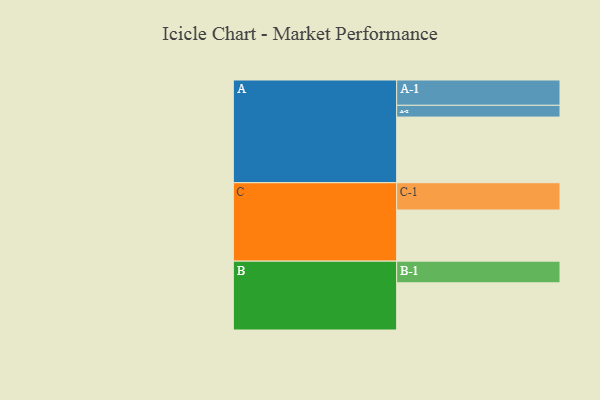
{"axis": {"x": "Segment", "y": "Value"}, "legend": ["", "A", "B", "C"], "data": [{"x": "A", "y": 597, "type": ""}, {"x": "B", "y": 429, "type": ""}, {"x": "C", "y": 465, "type": ""}, {"x": "A-1", "y": 230, "type": "A"}, {"x": "A-2", "y": 107, "type": "A"}, {"x": "B-1", "y": 197, "type": "B"}, {"x": "C-1", "y": 248, "type": "C"}]}